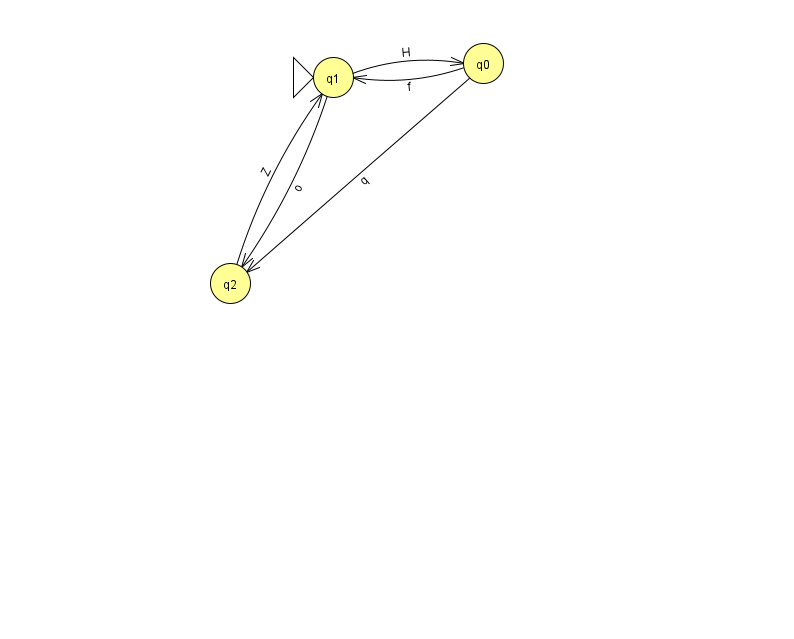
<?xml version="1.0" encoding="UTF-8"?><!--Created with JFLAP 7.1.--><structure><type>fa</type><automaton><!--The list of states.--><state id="0" name="q0"><x>483.0</x><y>50.0</y></state><state id="1" name="q1"><x>333.0</x><y>64.0</y><initial/></state><state id="2" name="q2"><x>230.0</x><y>270.0</y></state><!--The list of transitions.--><transition><from>2</from><to>1</to><read>Z</read></transition><transition><from>0</from><to>2</to><read>q</read></transition><transition><from>1</from><to>2</to><read>o</read></transition><transition><from>1</from><to>0</to><read>H</read></transition><transition><from>0</from><to>1</to><read>f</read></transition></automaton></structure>